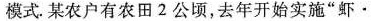
模式。某农户有农田2公顷，去年开始实施”虾·